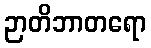
ဉာတိဘာတရော